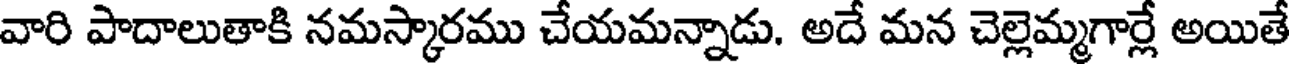
వారి పాదాలుతాకి నమస్కారము చేయమన్నాడు. అదే మన చెల్లెమ్మగార్లే అయితే